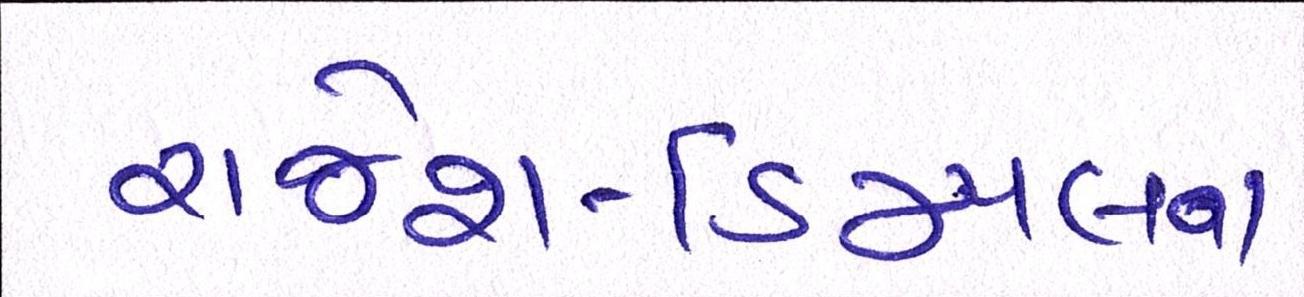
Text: રાજેશ-ડિમ્પલના